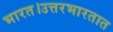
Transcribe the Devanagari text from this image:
भारत।उत्तरभारतात